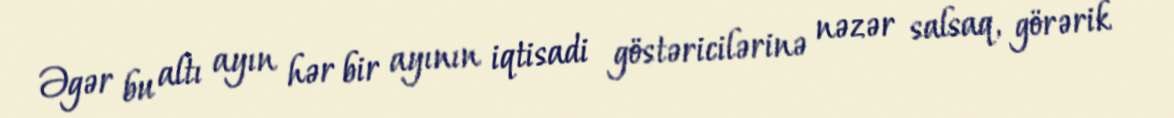
Əgər bu altı ayın hər bir ayının iqtisadi göstəricilərinə nəzər salsaq, görərik